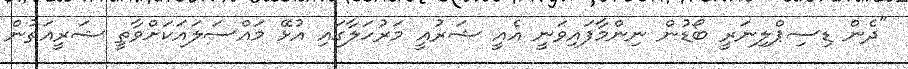
"ދެން ޑިސިޕްލިނަރީ ބޯޑުން ނިންމާފައިވަނީ އެއީ ޝަރުއީ މަރުހަލާގައި އުޅޭ މައްސަލައަކަށްވާތީ ޝަރީއަތުން